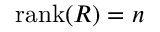
\mathrm { r a n k } ( R ) = n